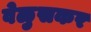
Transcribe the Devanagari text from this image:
वेळुसकर